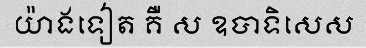
យ៉ាងទៀត គឺ ស ឧបាទិសេស